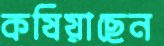
কষিয়াছেন